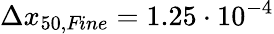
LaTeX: \Delta x_{50,\textit{Fine}}=1.25\cdot 10^{-4}